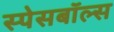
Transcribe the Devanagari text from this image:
स्पेसबॉल्स